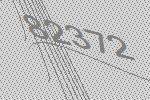
82372